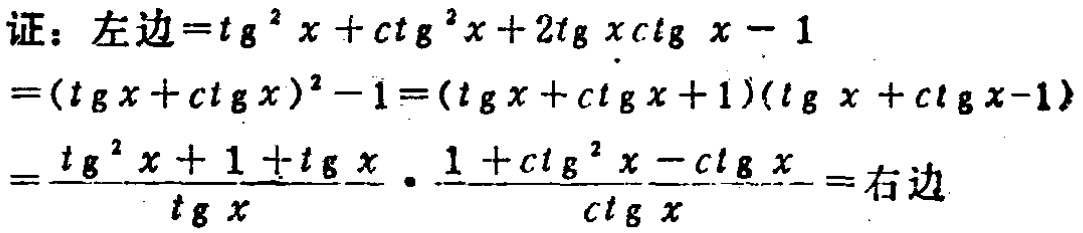
证：左边\(=\mathrm{tg}^{2}x + \mathrm{ctg}^{2}x + 2\mathrm{tg}x\mathrm{ctg}x - 1\)

\(=(\mathrm{tg}x + \mathrm{ctg}x)^{2}-1 = (\mathrm{tg}x + \mathrm{ctg}x + 1)(\mathrm{tg}x + \mathrm{ctg}x - 1)\)

\(=\frac{\mathrm{tg}^{2}x + 1 + \mathrm{tg}x}{\mathrm{tg}x}\cdot\frac{1 + \mathrm{ctg}^{2}x - \mathrm{ctg}x}{\mathrm{ctg}x}=\)右边